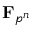
\mathbf { F } _ { p ^ { n } }